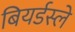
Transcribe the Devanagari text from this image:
बियर्डस्ले